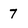
Character: 7